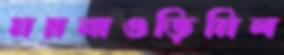
ময়নাগুড়িমিল